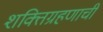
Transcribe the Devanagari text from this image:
शक्तिग्रहणाची